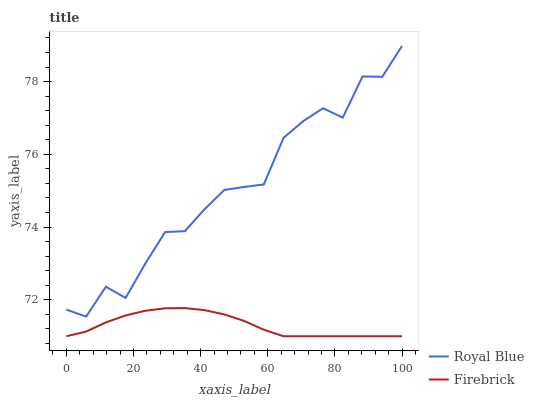
| xaxis_label | Royal Blue | Firebrick |
 | --- | --- | --- |
 | 0 | 71.7 | 71 |
 | 5.88 | 71.5 | 71.1 |
 | 11.8 | 72.4 | 71.4 |
 | 17.6 | 72.1 | 71.6 |
 | 23.5 | 73 | 71.7 |
 | 29.4 | 73.9 | 71.8 |
 | 35.3 | 73.9 | 71.8 |
 | 41.2 | 74.5 | 71.7 |
 | 47.1 | 75 | 71.6 |
 | 52.9 | 75.1 | 71.4 |
 | 58.8 | 75.2 | 71.2 |
 | 64.7 | 76.5 | 71 |
 | 70.6 | 76.9 | 71 |
 | 76.5 | 77.3 | 71 |
 | 82.4 | 77 | 71 |
 | 88.2 | 78.1 | 71 |
 | 94.1 | 78.1 | 71 |
 | 100 | 79 | 71 |